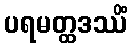
ပရမတ္ထဒဿိံ